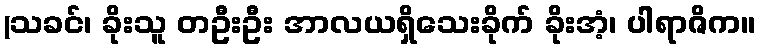
(သခင်၊ ခိုးသူ တဦးဦး အာလယရှိသေးခိုက် ခိုးအံ့၊ ပါရာဇိက။